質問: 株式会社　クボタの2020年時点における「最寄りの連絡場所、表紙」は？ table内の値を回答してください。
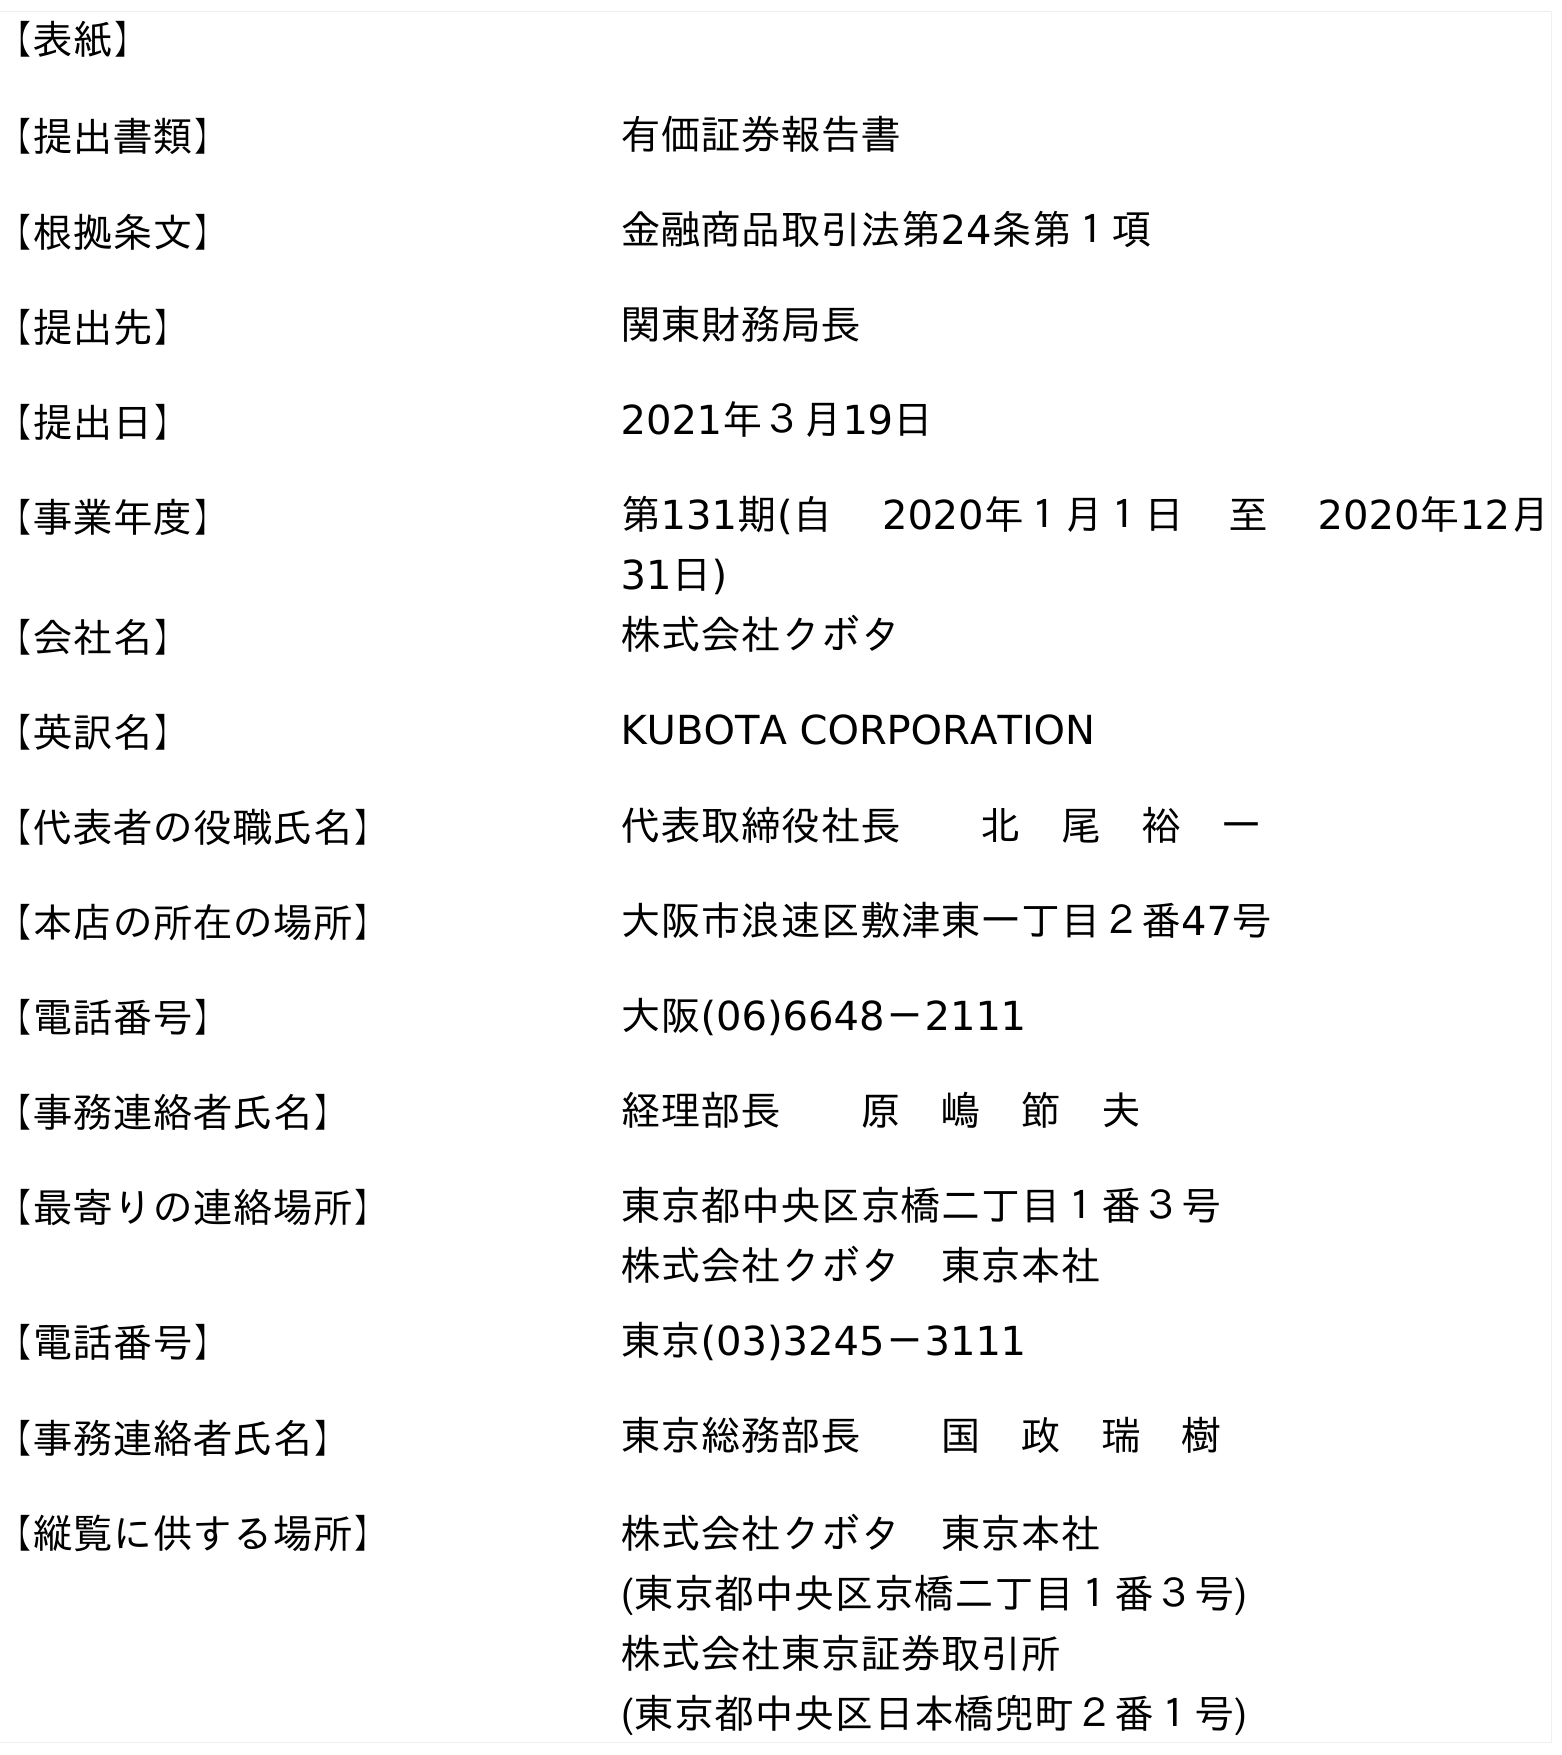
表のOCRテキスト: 【表紙】 【提出書類】 有価証券報告書 【根拠条文】 金融商品取引法第24条第１項 【提出先】 関東財務局長 【提出日】 2021年３月19日 【事業年度】 第131期(自  2020年１月１日 至  2020年12月 31日) 【会社名】 株式会社クボタ 【英訳名】 KUBOTA CORPORATION 【代表者の役職氏名】 代表取締役社長  北 尾 裕 一 【本店の所在の場所】 大阪市浪速区敷津東一丁目２番47号 【電話番号】 大阪(06)6648－2111 【事務連絡者氏名】 経理部長  原 嶋 節 夫 【最寄りの連絡場所】 東京都中央区京橋二丁目１番３号 株式会社クボタ 東京本社 【電話番号】 東京(03)3245－3111 【事務連絡者氏名】 東京総務部長  国 政 瑞 樹 【縦覧に供する場所】 株式会社クボタ 東京本社 (東京都中央区京橋二丁目１番３号) 株式会社東京証券取引所 (東京都中央区日本橋兜町２番１号)
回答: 東京都中央区京橋二丁目１番３号株式会社クボタ　東京本社